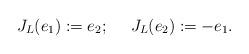
LaTeX: \begin{align*}J_L(e_1):=e_2;~~~~J_L(e_2):=-e_1.\end{align*}